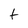
Character: t